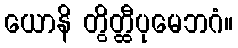
ယောနိ တွိတ္ထီပုမေဘဂံ။